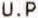
U.P